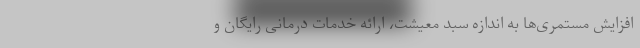
افزایش مستمری‌ها به اندازه سبد معیشت، ارائه خدمات درمانی رایگان و